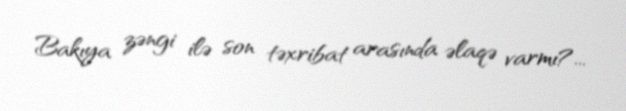
Bakıya zəngi ilə son təxribat arasında əlaqə varmı?...